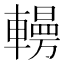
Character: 𰹥